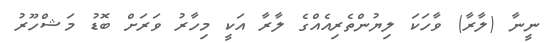
ނީނާ (ލާރާ) ވާހަކަ ލިޔުންތެރިއެއްގެ ލާރާ އަކީ މިހާރު ވަރަށް ބޮޑު މަޝްހޫރު